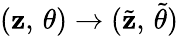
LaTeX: (\mathbf{z},\, \theta)\rightarrow({\tilde{{\mathbf{z}}}},\, {\tilde{{\theta}}})